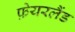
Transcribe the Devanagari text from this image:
फ़ेयरलैंड